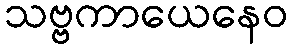
သဗ္ဗကာယေနေဝ